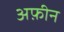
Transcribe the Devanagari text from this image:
अफ़ीन